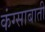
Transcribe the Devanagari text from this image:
कंग्साबाती